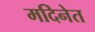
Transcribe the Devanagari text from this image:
मदिनेत